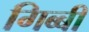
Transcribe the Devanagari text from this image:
गिब्बी